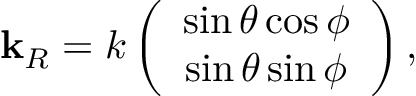
\begin{array} { r } { \mathbf { k } _ { R } = k \left( \begin{array} { c } { \sin \theta \cos \phi } \\ { \sin \theta \sin \phi } \end{array} \right) , } \end{array}